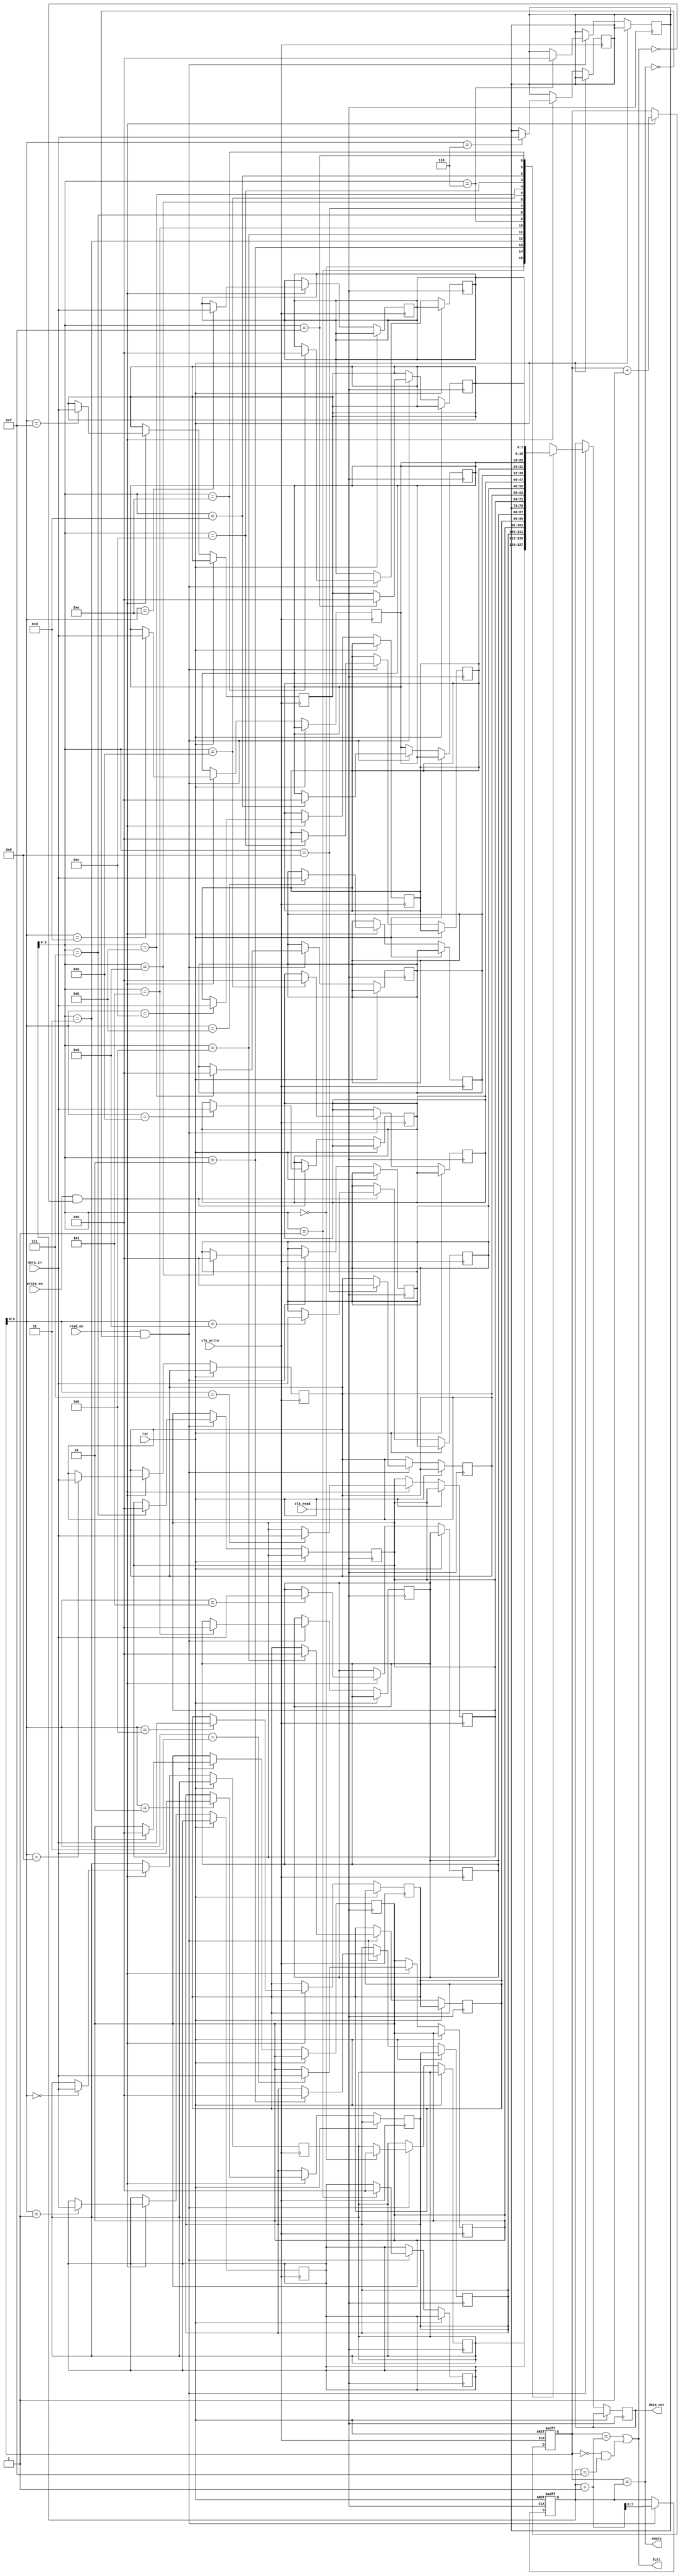
module synchronous_fifo (
    input clk_write,
    input clk_read,
    input rst,
    input write_en,
    input read_en,
    input [DATA_WIDTH-1:0] data_in,
    output reg [DATA_WIDTH-1:0] data_out,
    output reg empty,
    output reg full
);

// Parameters
parameter DEPTH = 16;
parameter DATA_WIDTH = 8;

// Internal signals
reg [DATA_WIDTH-1:0] buffer [0:DEPTH-1];
reg [DATA_WIDTH-1:0] write_ptr;
reg [DATA_WIDTH-1:0] read_ptr;

// Write side
always @(posedge clk_write or posedge rst) begin
    if (rst) begin
        write_ptr <= 0;
    end else if (write_en && !full) begin
        buffer[write_ptr] <= data_in;
        write_ptr <= write_ptr + 1;
    end
end

// Read side
always @(posedge clk_read or posedge rst) begin
    if (rst) begin
        read_ptr <= 0;
    end else if (read_en && !empty) begin
        data_out <= buffer[read_ptr];
        buffer[read_ptr] <= 0;
        read_ptr <= read_ptr + 1;
    end
end

// Full and Empty flags
assign empty = (write_ptr == read_ptr);
assign full = (write_ptr == read_ptr + 1 || (write_ptr == 0 && read_ptr == DEPTH-1));

endmodule